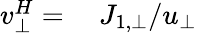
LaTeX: \begin{array}{rl}{v_{\bot}^{H}=}&{{}\ J_{1,\bot}/u_{\bot}}\end{array}